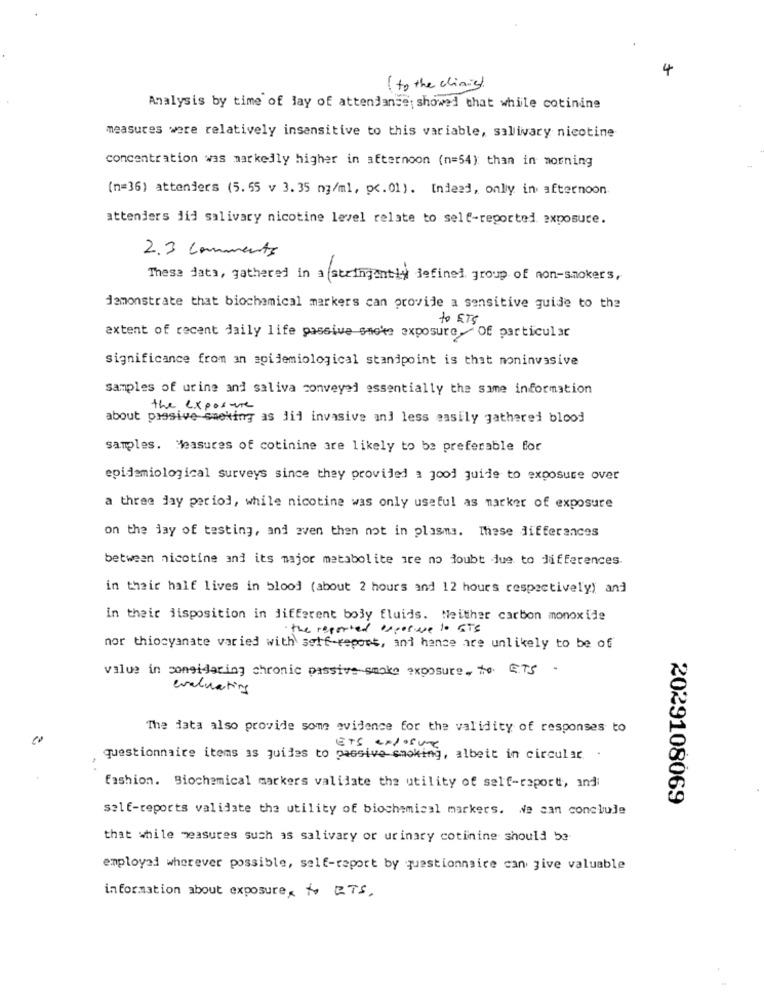
4
( to the clinic)
Analysis by time of lay of attendance; showed that while cotinine
measures were relatively insensitive to this variable, salivary nicotine
concentration was markedly higher in afternoon (n=54): than in morning
(n=36) attenders (5.55 v 3.35 mg/ml, pc. 01). Indeed, only in afternoon.
attenders jid salivary nicotine level relate to self-reported exposure.
2.3 Comments
These data, gathered in a stringantly defined group of non-smokers,
demonstrate that biochemical markers can provide a sensitive guide to the
to ETS
extent of recent daily life passive smoke exposure,Of particular
significance from an epidemiological standpoint is that noninvasive
samples of urine and saliva conveyed essentially the same information
the exposure
about pressive smoking as dil invasive and less easily gathered blood
samples. Measures of cotinine are likely to be preferable for
epidemiological surveys since they provided a good guide to exposure over
a three jay period, while nicotine was only useful as marker of exposure
on the day of testing, and even then not in plasma. These differences
between nicotine and its major metabolite ire no doubt due to differences.
in their half lives in blood (about 2 hours and 12 hours respectively) and
in their disposition in different body fluids. Neither carbon monoxide
the reported exposure to ITS
nor thiocyanate varied with self-report, and hence are unlikely to be of
value in songidaring chronic passive smoke exposure, to ETS .
evaluating
The iata also provide some evidence for the validity of responses to
ETS exPOSUTE
questionnaire items as quiles to passivo smoking, albeit in circular
fashion. Biochemical markers validate the utility of self-raport, indi
2029108069
self-reports validate the utility of biochemical markers. We can conclude
that while measures such as salivary or urinary cotinine should be-
employed wherever possible, self-report by questionnaire can give valuable
information about exposure, to ITS.